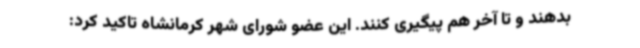
بدهند و تا آخر هم پیگیری کنند. این عضو شورای شهر کرمانشاه تاکید کرد: